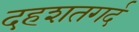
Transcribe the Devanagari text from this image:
दहशतगर्द